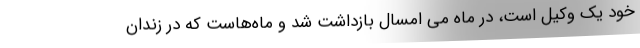
خود یک وکیل است، در ماه می امسال بازداشت شد و ماه‌هاست که در زندان